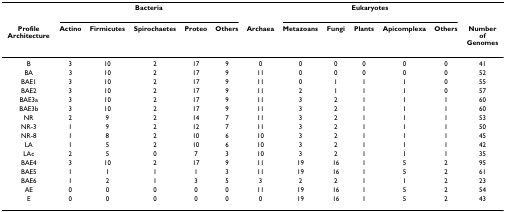
<table><thead><tr><td></td><td colspan="5"><b>Bacteria</b></td><td></td><td colspan="5"><b>Eukaryotes</b></td><td></td></tr><tr><td><b>Profile Architecture</b></td><td><b>Actino</b></td><td><b>Firmicutes</b></td><td><b>Spirochaetes</b></td><td><b>Proteo</b></td><td><b>Others</b></td><td><b>Archaea</b></td><td><b>Metazoans</b></td><td><b>Fungi</b></td><td><b>Plants</b></td><td><b>Apicomplexa</b></td><td><b>Others</b></td><td><b>Number of Genomes</b></td></tr></thead><tbody><tr><td>B</td><td>3</td><td>10</td><td>2</td><td>17</td><td>9</td><td>0</td><td>0</td><td>0</td><td>0</td><td>0</td><td>0</td><td>41</td></tr><tr><td>BA</td><td>3</td><td>10</td><td>2</td><td>17</td><td>9</td><td>11</td><td>0</td><td>0</td><td>0</td><td>0</td><td>0</td><td>52</td></tr><tr><td>BAE1</td><td>3</td><td>10</td><td>2</td><td>17</td><td>9</td><td>11</td><td>0</td><td>1</td><td>1</td><td>1</td><td>0</td><td>55</td></tr><tr><td>BAE2</td><td>3</td><td>10</td><td>2</td><td>17</td><td>9</td><td>11</td><td>2</td><td>1</td><td>1</td><td>1</td><td>0</td><td>57</td></tr><tr><td>BAE3a</td><td>3</td><td>10</td><td>2</td><td>17</td><td>9</td><td>11</td><td>3</td><td>2</td><td>1</td><td>1</td><td>1</td><td>60</td></tr><tr><td>BAE3b</td><td>3</td><td>10</td><td>2</td><td>17</td><td>9</td><td>11</td><td>3</td><td>2</td><td>1</td><td>1</td><td>1</td><td>60</td></tr><tr><td>NR</td><td>2</td><td>9</td><td>2</td><td>14</td><td>7</td><td>11</td><td>3</td><td>2</td><td>1</td><td>1</td><td>1</td><td>53</td></tr><tr><td>NR-3</td><td>1</td><td>9</td><td>2</td><td>12</td><td>7</td><td>11</td><td>3</td><td>2</td><td>1</td><td>1</td><td>1</td><td>50</td></tr><tr><td>NR-8</td><td>1</td><td>8</td><td>2</td><td>10</td><td>6</td><td>10</td><td>3</td><td>2</td><td>1</td><td>1</td><td>1</td><td>45</td></tr><tr><td>LA</td><td>1</td><td>5</td><td>2</td><td>10</td><td>6</td><td>10</td><td>3</td><td>2</td><td>1</td><td>1</td><td>1</td><td>42</td></tr><tr><td>LAc</td><td>2</td><td>5</td><td>0</td><td>7</td><td>3</td><td>10</td><td>3</td><td>2</td><td>1</td><td>1</td><td>1</td><td>35</td></tr><tr><td>BAE4</td><td>3</td><td>10</td><td>2</td><td>17</td><td>9</td><td>11</td><td>19</td><td>16</td><td>1</td><td>5</td><td>2</td><td>95</td></tr><tr><td>BAE5</td><td>1</td><td>1</td><td>1</td><td>1</td><td>3</td><td>11</td><td>19</td><td>16</td><td>1</td><td>5</td><td>2</td><td>61</td></tr><tr><td>BAE6</td><td>1</td><td>2</td><td>1</td><td>3</td><td>5</td><td>3</td><td>2</td><td>2</td><td>1</td><td>1</td><td>2</td><td>23</td></tr><tr><td>AE</td><td>0</td><td>0</td><td>0</td><td>0</td><td>0</td><td>11</td><td>19</td><td>16</td><td>1</td><td>5</td><td>2</td><td>54</td></tr><tr><td>E</td><td>0</td><td>0</td><td>0</td><td>0</td><td>0</td><td>0</td><td>19</td><td>16</td><td>1</td><td>5</td><td>2</td><td>43</td></tr></tbody></table>